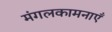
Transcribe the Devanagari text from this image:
मंगलकामनाएँ